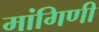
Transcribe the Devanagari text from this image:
मांगिणी